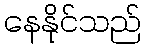
နေနိုင်သည်